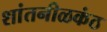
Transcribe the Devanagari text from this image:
शांतनीळकंठ